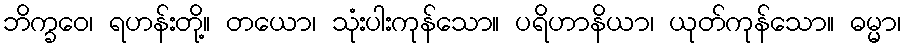
ဘိက္ခဝေ၊ ရဟန်းတို့။ တယော၊ သုံးပါးကုန်သော။ ပရိဟာနိယာ၊ ယုတ်ကုန်သော။ ဓမ္မာ၊